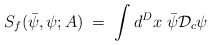
\begin{align*}S_f({\bar\psi},\psi;A) \;=\;\int d^Dx \; {\bar\psi}{\mathcal D}_c \psi\end{align*}